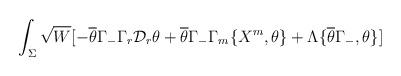
LaTeX: \begin{align*}\int_{\Sigma} \sqrt{W} [- \overline{\theta}\Gamma_{-} \Gamma_{r}\mathcal{D}_{r}\theta + \overline{\theta}\Gamma_{-} \Gamma_{m}\{X^{m},\theta\} + \Lambda \{ \overline{\theta}\Gamma_{-},\theta\}]\end{align*}